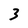
Character: 3